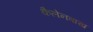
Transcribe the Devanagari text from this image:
कैलेनबाख